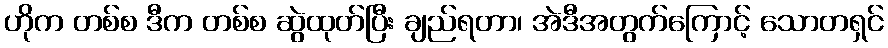
ဟိုက တစ်စ ဒီက တစ်စ ဆွဲထုတ်ပြီး ချည်ရတာ၊ အဲဒီအတွက်ကြောင့် သောတရှင်